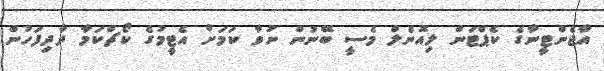
އާޖެންޓީނާގެ ކެޕްޓަން ލިއޮނެލް މެސީ ބޭނުން ނުވާ ކަމަށް އެޓީމުގެ ކޯޗްކަމާ ދާދިފަހުން